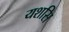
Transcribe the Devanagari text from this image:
यशसि